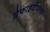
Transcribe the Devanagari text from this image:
ग्रेफाइटीकरण